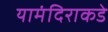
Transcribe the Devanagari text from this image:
यामंदिराकडे